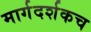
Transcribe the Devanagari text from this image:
मार्गदर्शकच